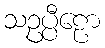
သဥပ္ပီဠော